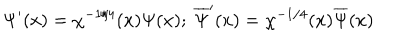
\Psi ^ { \prime } ( x ) = \chi ^ { - 1 / 4 } ( x ) \Psi ( x ) ; \ \overline { { { \Psi } } } ^ { \prime } ( x ) = \chi ^ { - 1 / 4 } ( x ) \overline { { { \Psi } } } ( x )